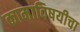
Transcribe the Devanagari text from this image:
कामाविषयीचा